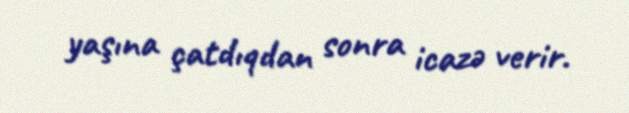
yaşına çatdıqdan sonra icazə verir.